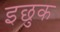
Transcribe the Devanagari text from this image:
इछुक